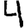
Digit: 4